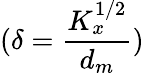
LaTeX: (\delta=\frac{K_{x}^{1/2}}{d_{m}})